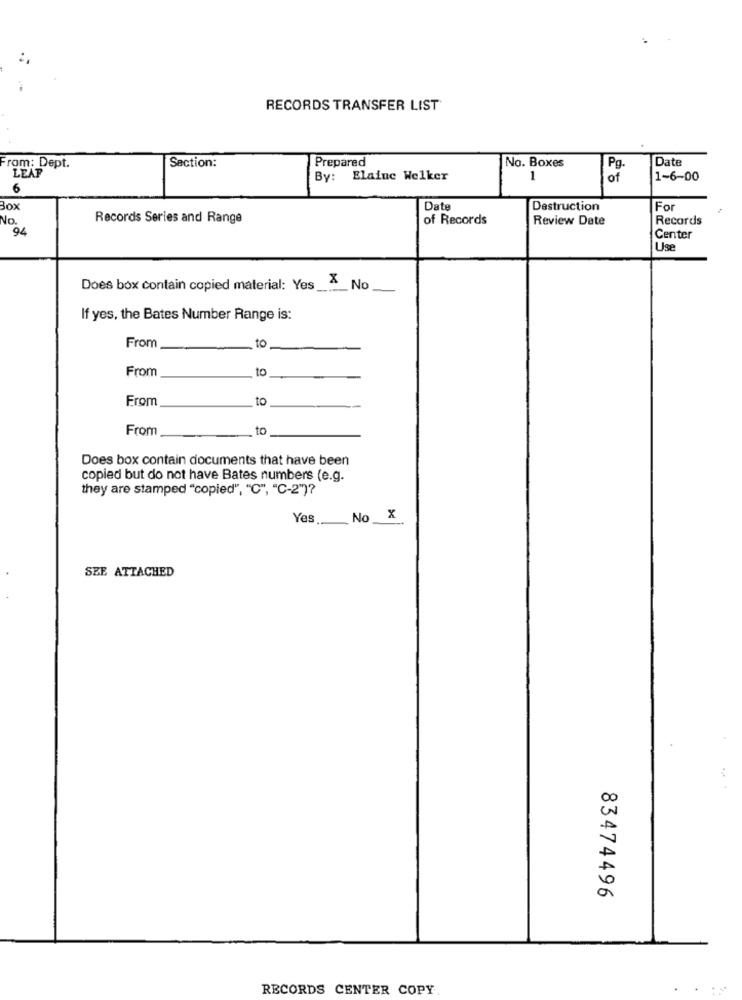
RECORDS TRANSFER LIST
Prepared
Date
From: Dept.
Section:
No. Boxes
Pg.
LEAP
By: Elaine Welker
1
of
1-6-00
6
Box
Date
Destruction
For
No.
Records Series and Range
of Records
Review Date
Records
94
Center
Use
Does box contain copied material: Yes_
X No
If yes, the Bates Number Range is:
to
From
From
to
From
to
From
to
Does box contain documents that have been
copied but do not have Bates numbers (e.g.
they are stamped "copied", "C", "C-2")?
Yes
No _X
SEE ATTACHED
83474496
RECORDS CENTER COPY.
.